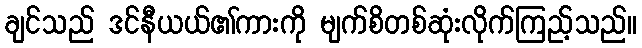
ချင်သည် ဒင်နီယယ်၏ကားကို မျက်စိတစ်ဆုံးလိုက်ကြည့်သည်။